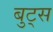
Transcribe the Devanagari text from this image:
बुट्स